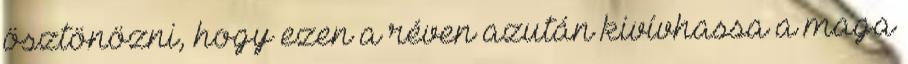
ösztönözni, hogy ezen a réven azután kivívhassa a maga